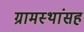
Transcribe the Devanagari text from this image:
ग्रामस्थांसह